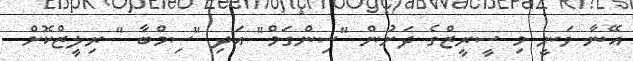
އޭނާ ވަނީ މި ސީރީޒްގެ ދަށުން "ސިންގަމް" އަދި "ސިމްބާ " ރިލީޒްކޮށް